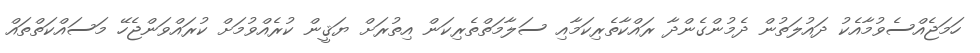
ހަމަޖެއްސެވުމާއެކު ދައުލަތުން ދެމުންގެންދާ ރައްކާތެރިކަމާއި ސަލާމަތްތެރިކަން އިތުރަށް ޔަޤީން ކުރެއްވުމަށް ކުރައްވަންޖެހޭ މަސައްކަތްތައް